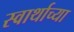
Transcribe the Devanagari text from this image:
स्वार्थाच्या